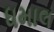
ધમાલ